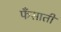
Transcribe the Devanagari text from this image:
फँसाती